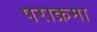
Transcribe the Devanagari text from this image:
पराक्रमा